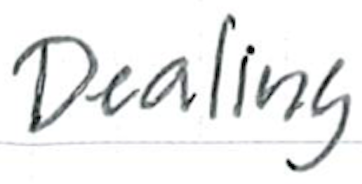
Text: Dealing
Cross-out: clean
Writing tool: ballpoint